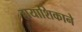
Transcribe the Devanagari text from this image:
हायाशिकाने